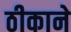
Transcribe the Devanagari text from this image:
ठीकाने